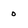
Character: o